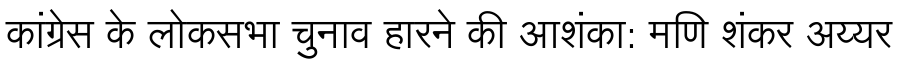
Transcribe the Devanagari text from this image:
कांग्रेस के लोकसभा चुनाव हारने की आशंका: मणि शंकर अय्यर